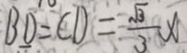
B D = C D = \frac { \sqrt { 3 } } { 3 } x